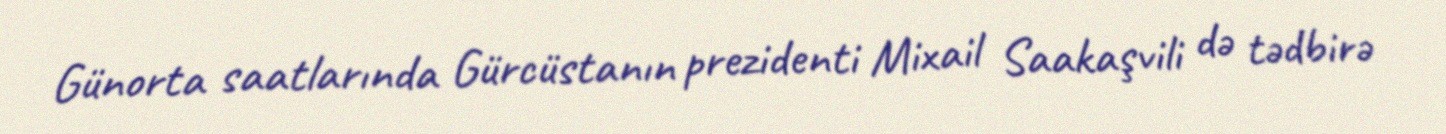
Günorta saatlarında Gürcüstanın prezidenti Mixail Saakaşvili də tədbirə